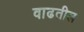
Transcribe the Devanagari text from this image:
वाढतील